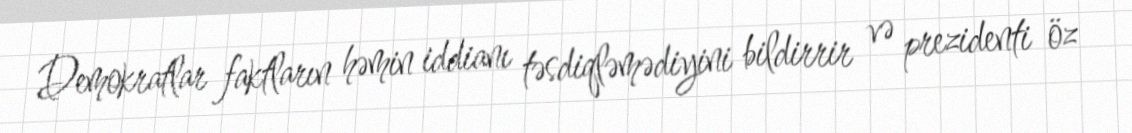
Demokratlar faktların həmin iddianı təsdiqləmədiyini bildirrir və prezidenti öz